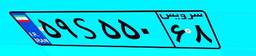
۵۹S۵۵۰۶۸